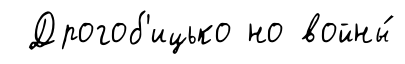
Дрогоб'ицько но войны́